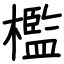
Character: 檻